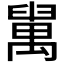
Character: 𦦔